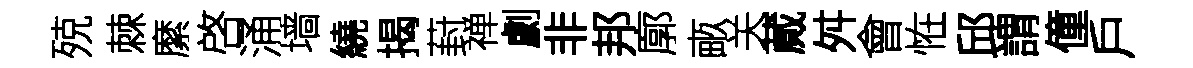
殑棘縻啓涌墙繞揭葑禅劇非邦廓畞关蕆舛會恠邱謂僮戶